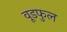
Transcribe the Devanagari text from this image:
वूडफुल